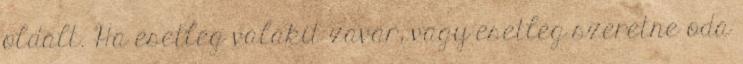
oldalt. Ha esetleg valakit zavar, vagy esetleg szeretne oda